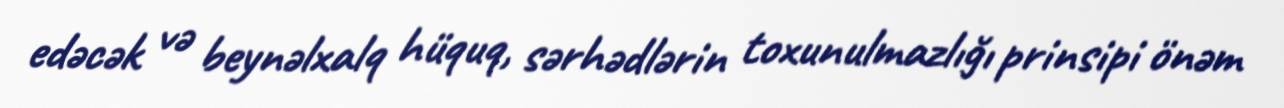
edəcək və beynəlxalq hüquq, sərhədlərin toxunulmazlığı prinsipi önəm